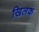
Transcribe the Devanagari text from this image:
खिलक